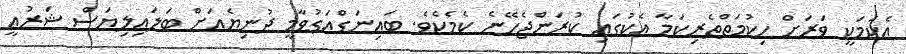
އެކަމަކީ ވަރަށް ހިކުމަތްތެރިކަމާ އެކުގައި ކުރަންޖެހޭނެ ކެމެކެވެ. ބައިނަގްއަގުވާމީ ދުނިޔެއަށް ބަލައިލިޔަސް ޝަރުއީ